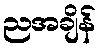
ညအချိန်